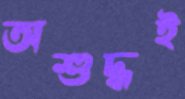
অশুদ্ধই